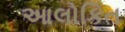
આલોકિત